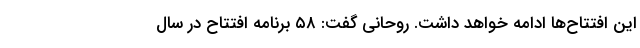
این افتتاح‌ها ادامه خواهد داشت. روحانی گفت: ۵۸ برنامه افتتاح در سال